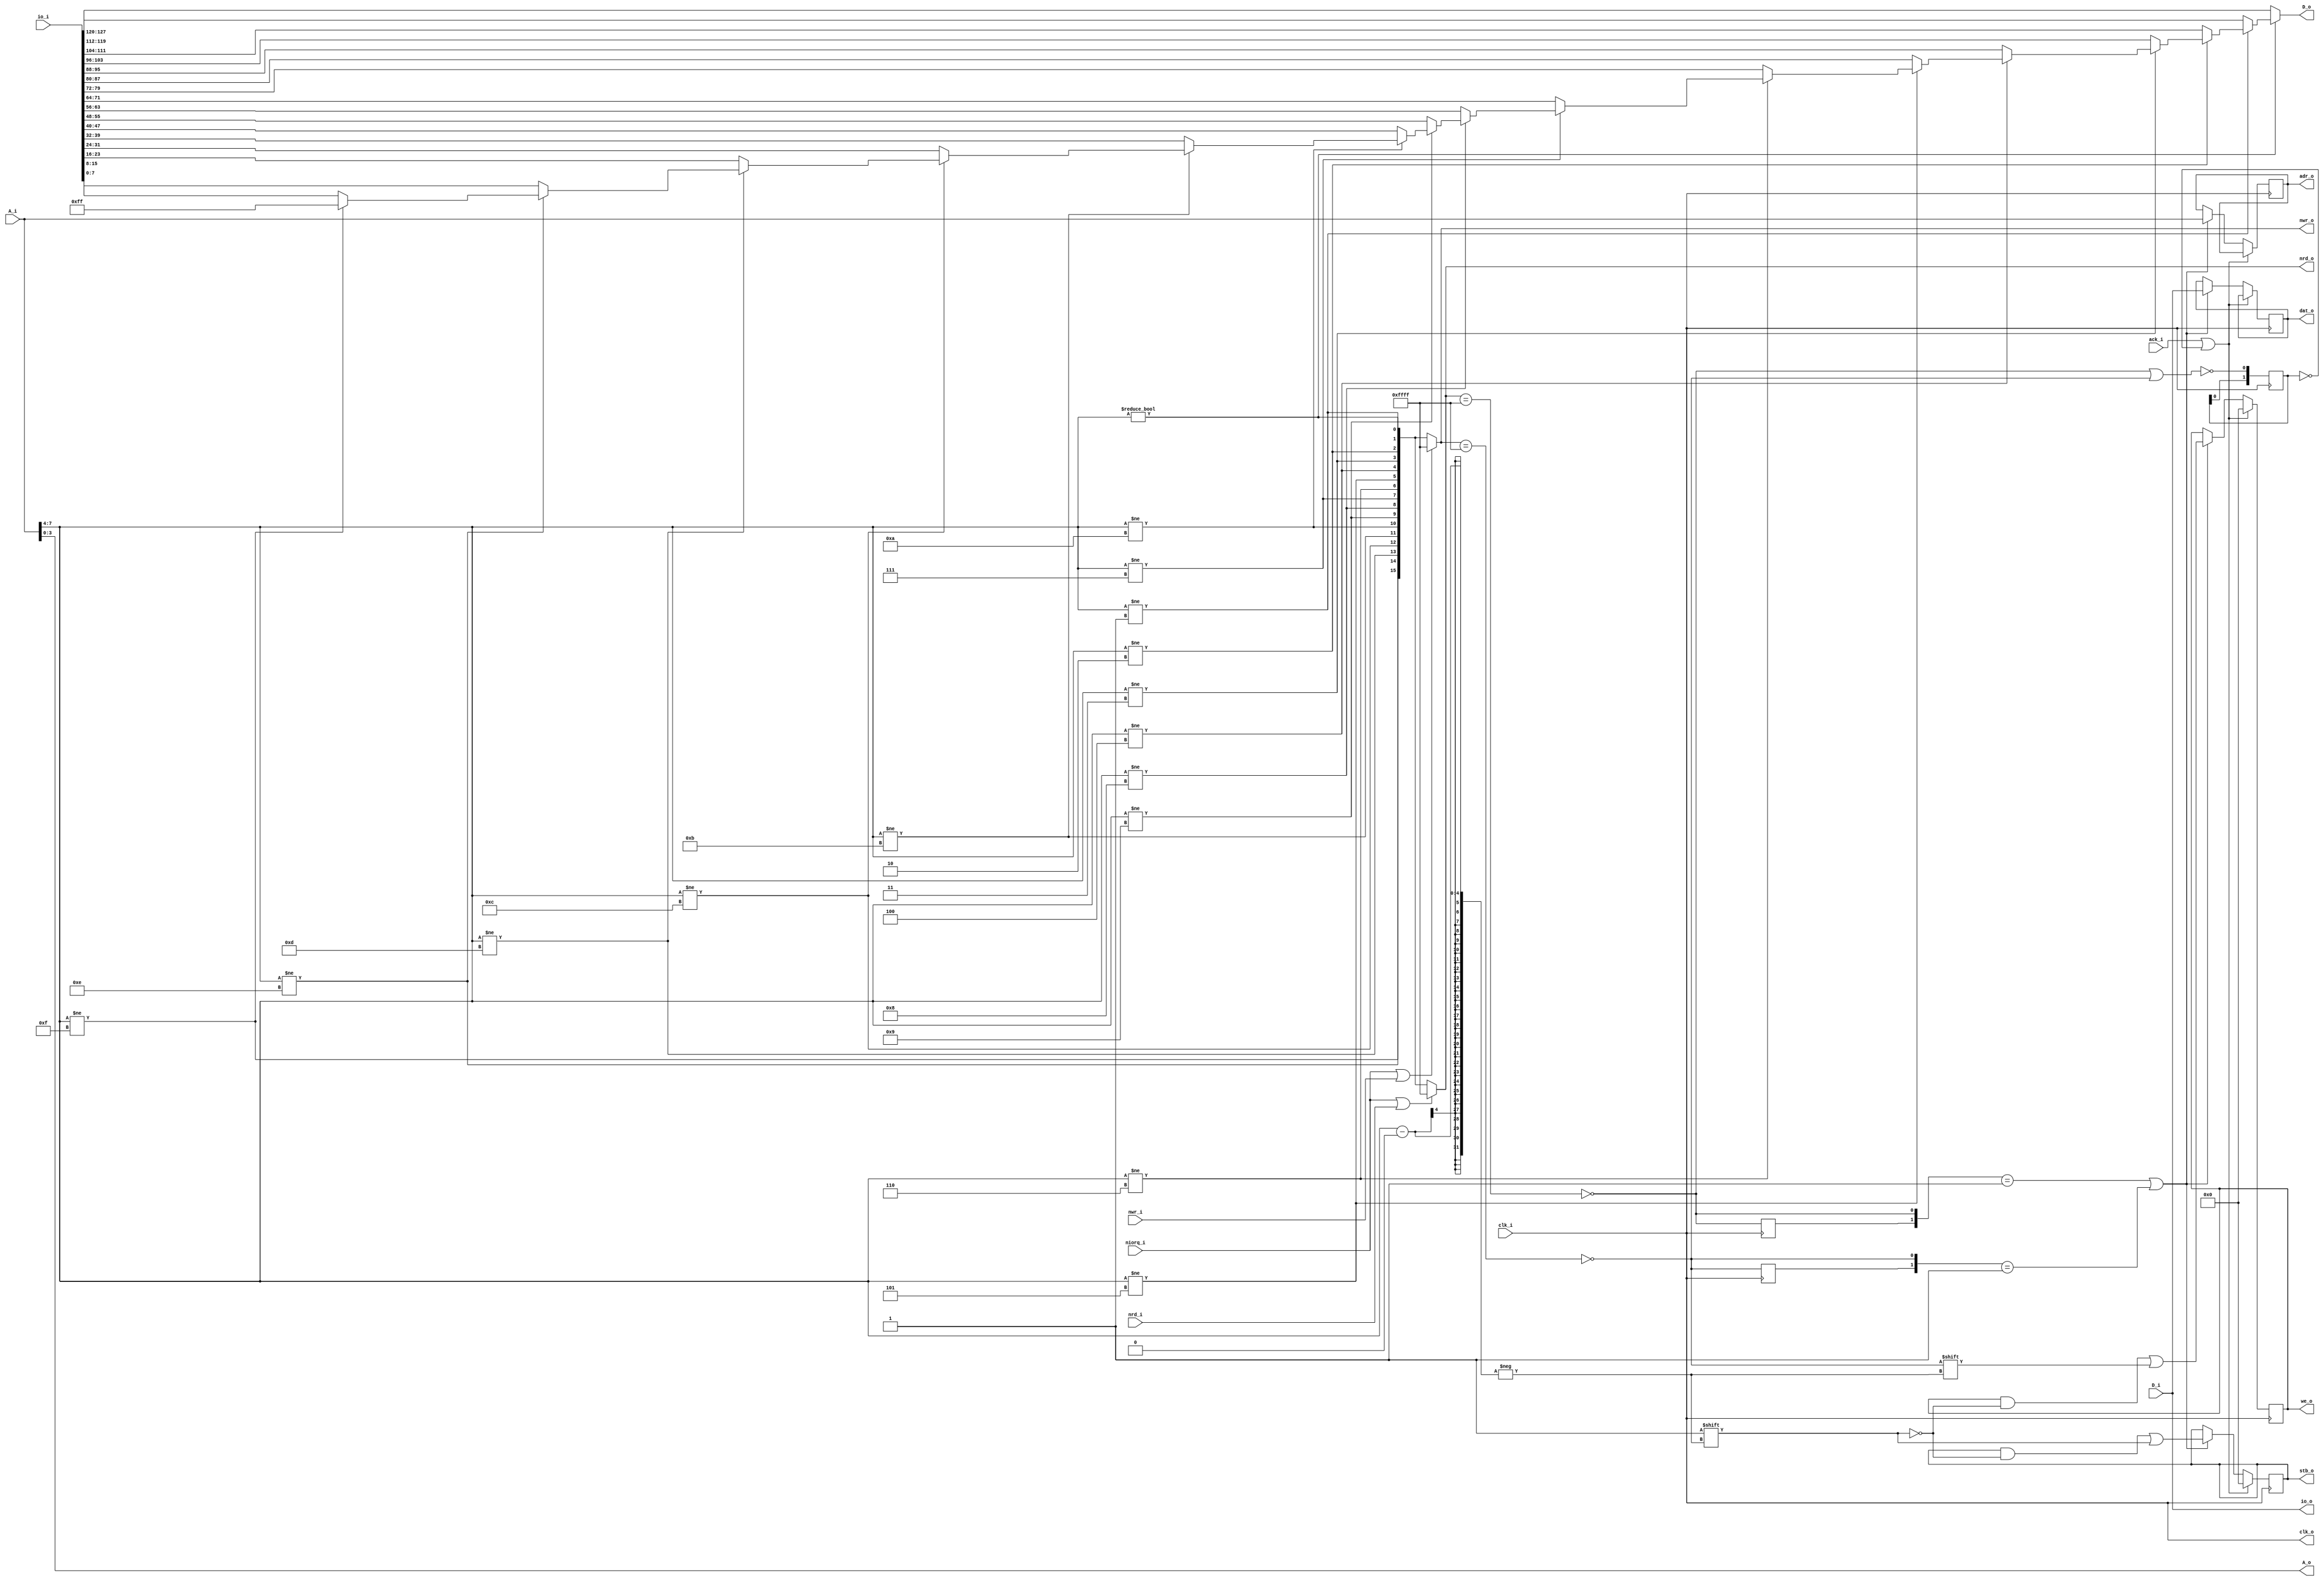
module support_io_if(
	// CPU Interface
	input 			clk_i,
	input [7:0] 	A_i,
	input [7:0] 	D_i,
	output [7:0] 	D_o,
	input				nrd_i,
	input				nwr_i,
	input				niorq_i,
	// IO Interface
	output			clk_o,
	output [3:0]	A_o,
	output [15:0]	nrd_o,		// One read line per device
	output [15:0]	nwr_o,		// One write line per device
	output [7:0]	io_o,		// Shared data out
	input [8*16-1:0] io_i,	// Merged data path - 16 streams
	// WB Write Interface
	input  			ack_i,	// WB Ack in
	output [15:0]	we_o,		// WB Write out
	output [15:0]	stb_o,		// WB Strobe out
	output [7:0]	adr_o,	// WB Registered addr
	output [7:0]	dat_o		// WB Registered data
);

	// Wire definitions ==================================================
	wire io_nwr, io_nrd;
	wire [3:0] a_decode, b_decode;
	wire [15:0] four_to_sixteen;
	
	// Registers ==================================================
	reg [15:0]		wb_we		= 0;
	reg [15:0]		wb_stb	= 0;
	reg [7:0]		wb_adr = 8'hff;
	reg [7:0]		wb_dat = 8'hff;
	
	// Assignments ==================================================
	assign clk_o = clk_i;	// Passthrough
	assign io_nwr = niorq_i | nwr_i;
	assign io_nrd = niorq_i | nrd_i;
	assign a_decode = A_i[7:4];
	assign b_decode = A_i[3:0];
	assign io_o = D_i;
	
	// WB Assignments
	assign we_o = wb_we;
	assign stb_o = wb_stb;
	assign adr_o = wb_adr;
	assign dat_o = wb_dat;
	
	// 4-16 line converter
	assign four_to_sixteen = {
				(a_decode != 4'd15),
				(a_decode != 4'd14),
				(a_decode != 4'd13),
				(a_decode != 4'd12),
				(a_decode != 4'd11),
				(a_decode != 4'd10),
				(a_decode != 4'd9),
				(a_decode != 4'd8),
				(a_decode != 4'd7),
				(a_decode != 4'd6),
				(a_decode != 4'd5),
				(a_decode != 4'd4),
				(a_decode != 4'd3),
				(a_decode != 4'd2),
				(a_decode != 4'd1),
				(a_decode != 4'd0)
			};
	assign nwr_o = (io_nwr) ? 16'hffff : four_to_sixteen;
	assign nrd_o = (io_nrd) ? 16'hffff : four_to_sixteen;
	assign A_o = b_decode;		// Pass low bits
	assign D_o = (!four_to_sixteen[0]) ? io_i[16*8-1:15*8] :
					 (!four_to_sixteen[1]) ? io_i[15*8-1:14*8] :
					 (!four_to_sixteen[2]) ? io_i[14*8-1:13*8] :
					 (!four_to_sixteen[3]) ? io_i[13*8-1:12*8] :
					 (!four_to_sixteen[4]) ? io_i[12*8-1:11*8] :
					 (!four_to_sixteen[5]) ? io_i[11*8-1:10*8] :
					 (!four_to_sixteen[6]) ? io_i[10*8-1:9*8] :
					 (!four_to_sixteen[7]) ? io_i[9*8-1:8*8] :
					 (!four_to_sixteen[8]) ? io_i[8*8-1:7*8] :
					 (!four_to_sixteen[9]) ? io_i[7*8-1:6*8] :
					 (!four_to_sixteen[10]) ? io_i[6*8-1:5*8] :
					 (!four_to_sixteen[11]) ? io_i[5*8-1:4*8] :
					 (!four_to_sixteen[12]) ? io_i[4*8-1:3*8] :
					 (!four_to_sixteen[13]) ? io_i[3*8-1:2*8] :
					 (!four_to_sixteen[14]) ? io_i[2*8-1:1*8] :
					 (!four_to_sixteen[15]) ? io_i[1*8-1:0*8] :
					 8'hff;
	// Module connections ==================================================
	
	// Simulation branches and control ==================================================
	
	// Other logic	==================================================

	// Process WB signals into Z80 Bus signals
	wire is_rd = !(nrd_o == 16'hffff);
	wire is_wr = !(nwr_o == 16'hffff);
	reg track_rd, track_wr;
	wire rd_rise = ({track_rd,is_rd} == 2'b01);
	wire wr_rise = ({track_wr,is_wr} == 2'b01);
	
	// Force ACK after two clock cycles of no CPU activity, will apply is no WB port
	reg [1:0] track_ack_res = 0;
	always @(negedge clk_i) track_ack_res = {track_ack_res[0], !(is_rd | is_wr)};
	wire force_ack = (track_ack_res == 2'd0);
	
	always @(negedge clk_i)
	begin
		track_rd <= is_rd;
		track_wr <= is_wr;
	end
	
	always @(posedge clk_i)
	begin
		if( ack_i | force_ack )	// Ack or ack timeout
		begin
			wb_stb <= 16'b0;			
			wb_we <= 16'b0;
		end
		else begin
			if( rd_rise | wr_rise )
			begin
				wb_adr <= A_i;
				wb_dat <= D_i;
				wb_stb[a_decode] <= 1'b1;
				wb_we[a_decode] <= is_wr;
			end
		end
	end
	
endmodule